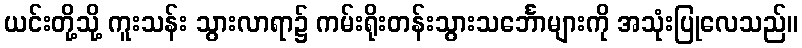
ယင်းတို့သို့ ကူးသန်း သွားလာရာ၌ ကမ်းရိုးတန်းသွားသင်္ဘောများကို အသုံးပြုလေသည်။